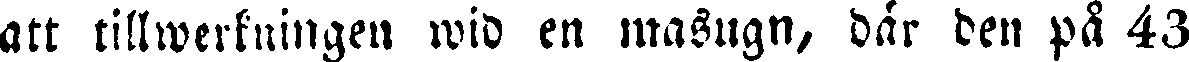
att tillwerkningen wid en masugn, där den på 43